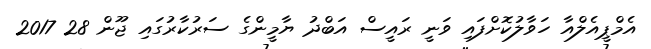
އެމްޕީއެލްއާ ހަވާލުކޮށްފައި ވަނީ ރައީސް އަބްދު ޔާމީންގެ ސަރުކާރުގައި ޖޫން 28 2017